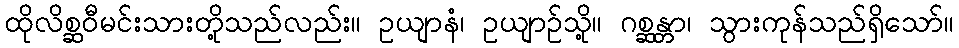
ထိုလိစ္ဆဝီမင်းသားတို့သည်လည်း။ ဥယျာနံ၊ ဥယျာဉ်သို့။ ဂစ္ဆန္တာ၊ သွားကုန်သည်ရှိသော်။